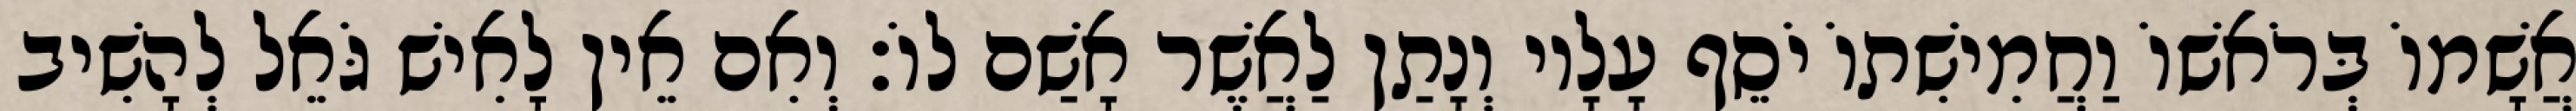
אֲשָׁמוֹ בְּרֹאשׁוֹ וַחֲמִישִׁתוֹ יֹסֵף עָלָיו וְנָתַן לַאֲשֶׁר אָשַׁם לוֹ׃ וְאִם אֵין לָאִישׁ גֹּאֵל לְהָשִׁיב